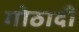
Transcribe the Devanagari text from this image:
गोठादी